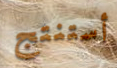
أستنتج